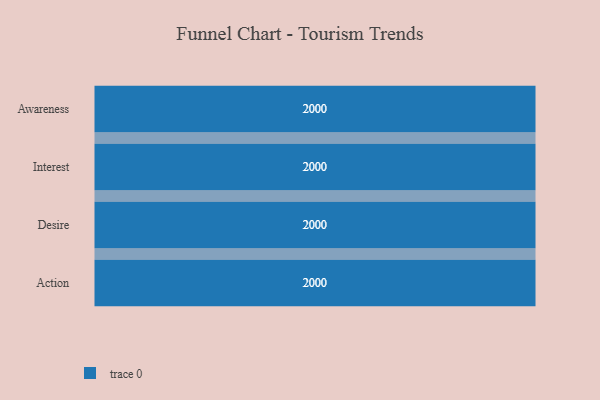
{"axis": {"x": "Stage", "y": "Value"}, "legend": [""], "data": [{"x": "Awareness", "y": 2000, "type": ""}, {"x": "Interest", "y": 2000, "type": ""}, {"x": "Desire", "y": 2000, "type": ""}, {"x": "Action", "y": 2000, "type": ""}]}